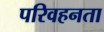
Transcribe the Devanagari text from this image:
परिवहनता